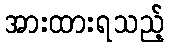
အားထားရသည့်